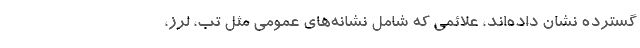
گسترده نشان داده‌اند، علائمی که شامل نشانه‌های عمومی مثل تب، لرز،